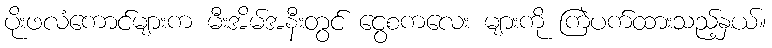
ပိုးဖလံကောင်များက မီးအိမ်အနီးတွင် ငွေစကလေး များကို ကြဲပက်ထားသည့်နှယ်။